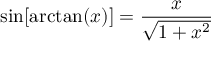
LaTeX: \sin [ \arctan ( x ) ] = { \frac { x } { \sqrt { 1 + x ^ { 2 } } } }